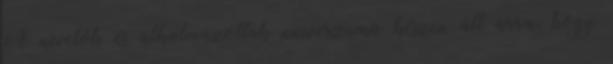
A nevelők és alkalmazottak univerzuma készen áll arra, hogy